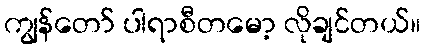
ကျွန်တော် ပါရာစီတမော့ လိုချင်တယ်။